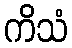
ကိသံ